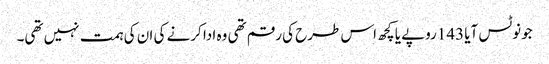
جونوٹس آیا 143روپے یا کچھ اس طرح کی رقم تھی وہ ادا کرنے کی ان کی ہمت نہیں تھی۔